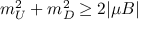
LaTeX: m _ { U } ^ { 2 } + m _ { D } ^ { 2 } \geq 2 | \mu B |